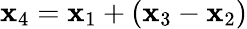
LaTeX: \mathbf{x}_{4}=\mathbf{x}_{1}+(\mathbf{x}_{3}-\mathbf{x}_{2})